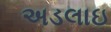
અડલાઇ